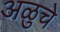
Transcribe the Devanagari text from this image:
अळुचे